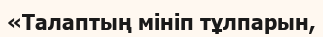
«Талаптың мініп тұлпарын,